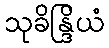
သုခိန္ဒြိယံ